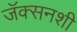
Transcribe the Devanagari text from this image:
जॅक्सनशी